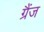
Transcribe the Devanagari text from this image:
ग्रैंज